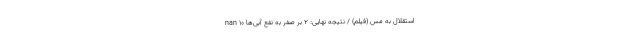
استقلال به مس (فیلم) / نتیجه نهایی: ۲ بر صفر به نفع آبی‌ها nan ۱۰